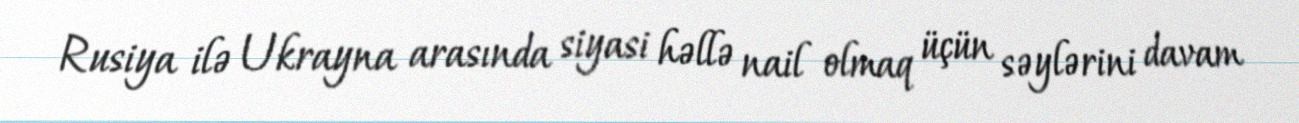
Rusiya ilə Ukrayna arasında siyasi həllə nail olmaq üçün səylərini davam